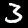
Label: 3